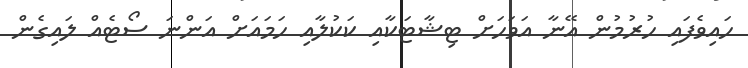
ހައިވެފައި ހުރުމުން އޭނާ އަވަހަށް ޓިޝާޓަކާއި ކަކުލާއި ހަމައަށް އަންނަ ސޯޓެއް ލައިގެން